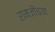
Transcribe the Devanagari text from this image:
रामजींच्या